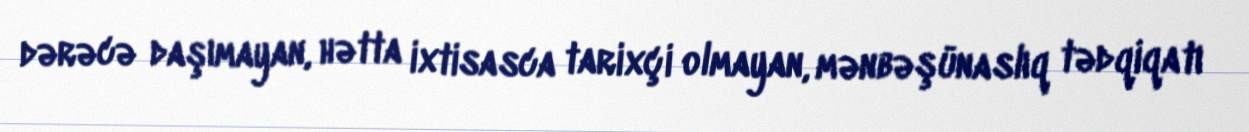
dərəcə daşımayan, hətta ixtisasca tarixçi olmayan, mənbəşünaslıq tədqiqatı